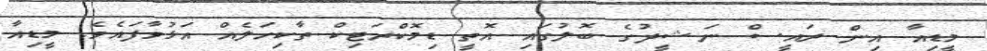
މީޑިއާ އިން ރައީސް ނަޝީދުގެ ބޮލުގައި އޮތީ ޑިމޮކްރަޓިކް ތާކިހަލެއް އަޅުވާފައެވެ. މީޑިއާ